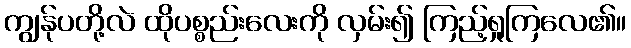
ကျွန်ုပတို့လဲ ထိုပစ္စည်းလေးကို လှမ်း၍ ကြည့်ရှုကြလေ၏။